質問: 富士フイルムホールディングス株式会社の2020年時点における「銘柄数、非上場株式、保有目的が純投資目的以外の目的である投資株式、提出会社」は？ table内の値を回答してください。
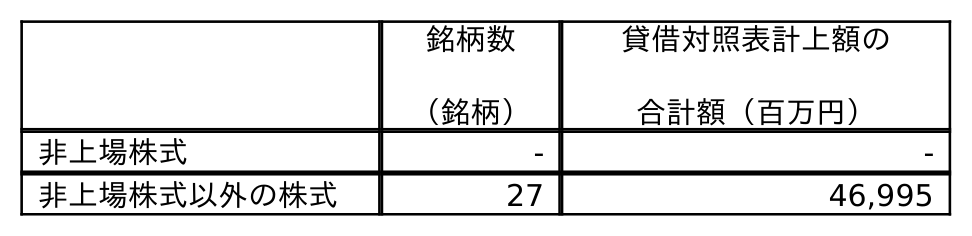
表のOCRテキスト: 銘柄数 （銘柄） 貸借対照表計上額の 合計額（百万円） 非上場株式 - - 非上場株式以外の株式 27 46,995
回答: -